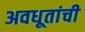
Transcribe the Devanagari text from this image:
अवधूतांची